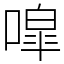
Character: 噑